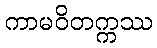
ကာမဝိတက္ကဿ